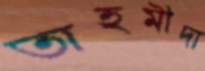
তাহমীদা